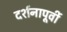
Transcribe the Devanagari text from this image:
दर्शनापूर्वी